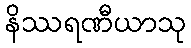
နိဿရဏီယာသု